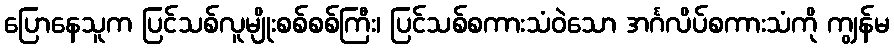
ပြောနေသူက ပြင်သစ်လူမျိုးစစ်စစ်ကြီး၊ ပြင်သစ်စကားသံဝဲသော အင်္ဂလိပ်စကားသံကို ကျွန်မ